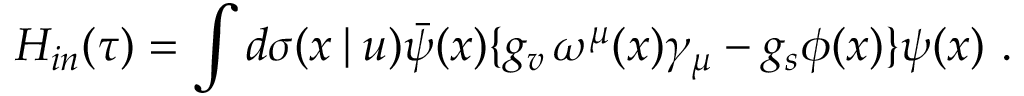
H _ { i n } ( \tau ) = \int d \sigma ( x \! \mid \! u ) \bar { \psi } ( x ) \{ g _ { v } \, \omega ^ { \mu } ( x ) \gamma _ { \mu } - g _ { s } \phi ( x ) \} \psi ( x ) \mathrm { ~ . }